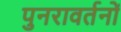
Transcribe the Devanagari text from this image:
पुनरावर्तनों